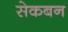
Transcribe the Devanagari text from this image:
सेकबन